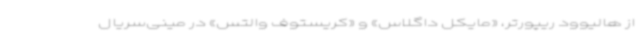
از هالیوود ریپورتر، «مایکل داگلاس» و «کریستوف والتس» در مینی‌سریال